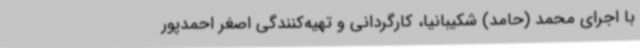
با اجرای محمد (حامد) شکیبانیا، کارگردانی و تهیه‌کنندگی اصغر احمدپور